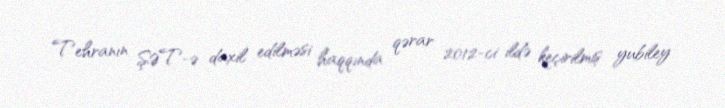
Tehranın ŞƏT-ə daxil edilməsi haqqında qərar 2012-ci ildə keçirilmiş yubiley